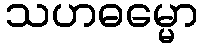
သဟဓမ္မော